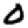
Digit: 0